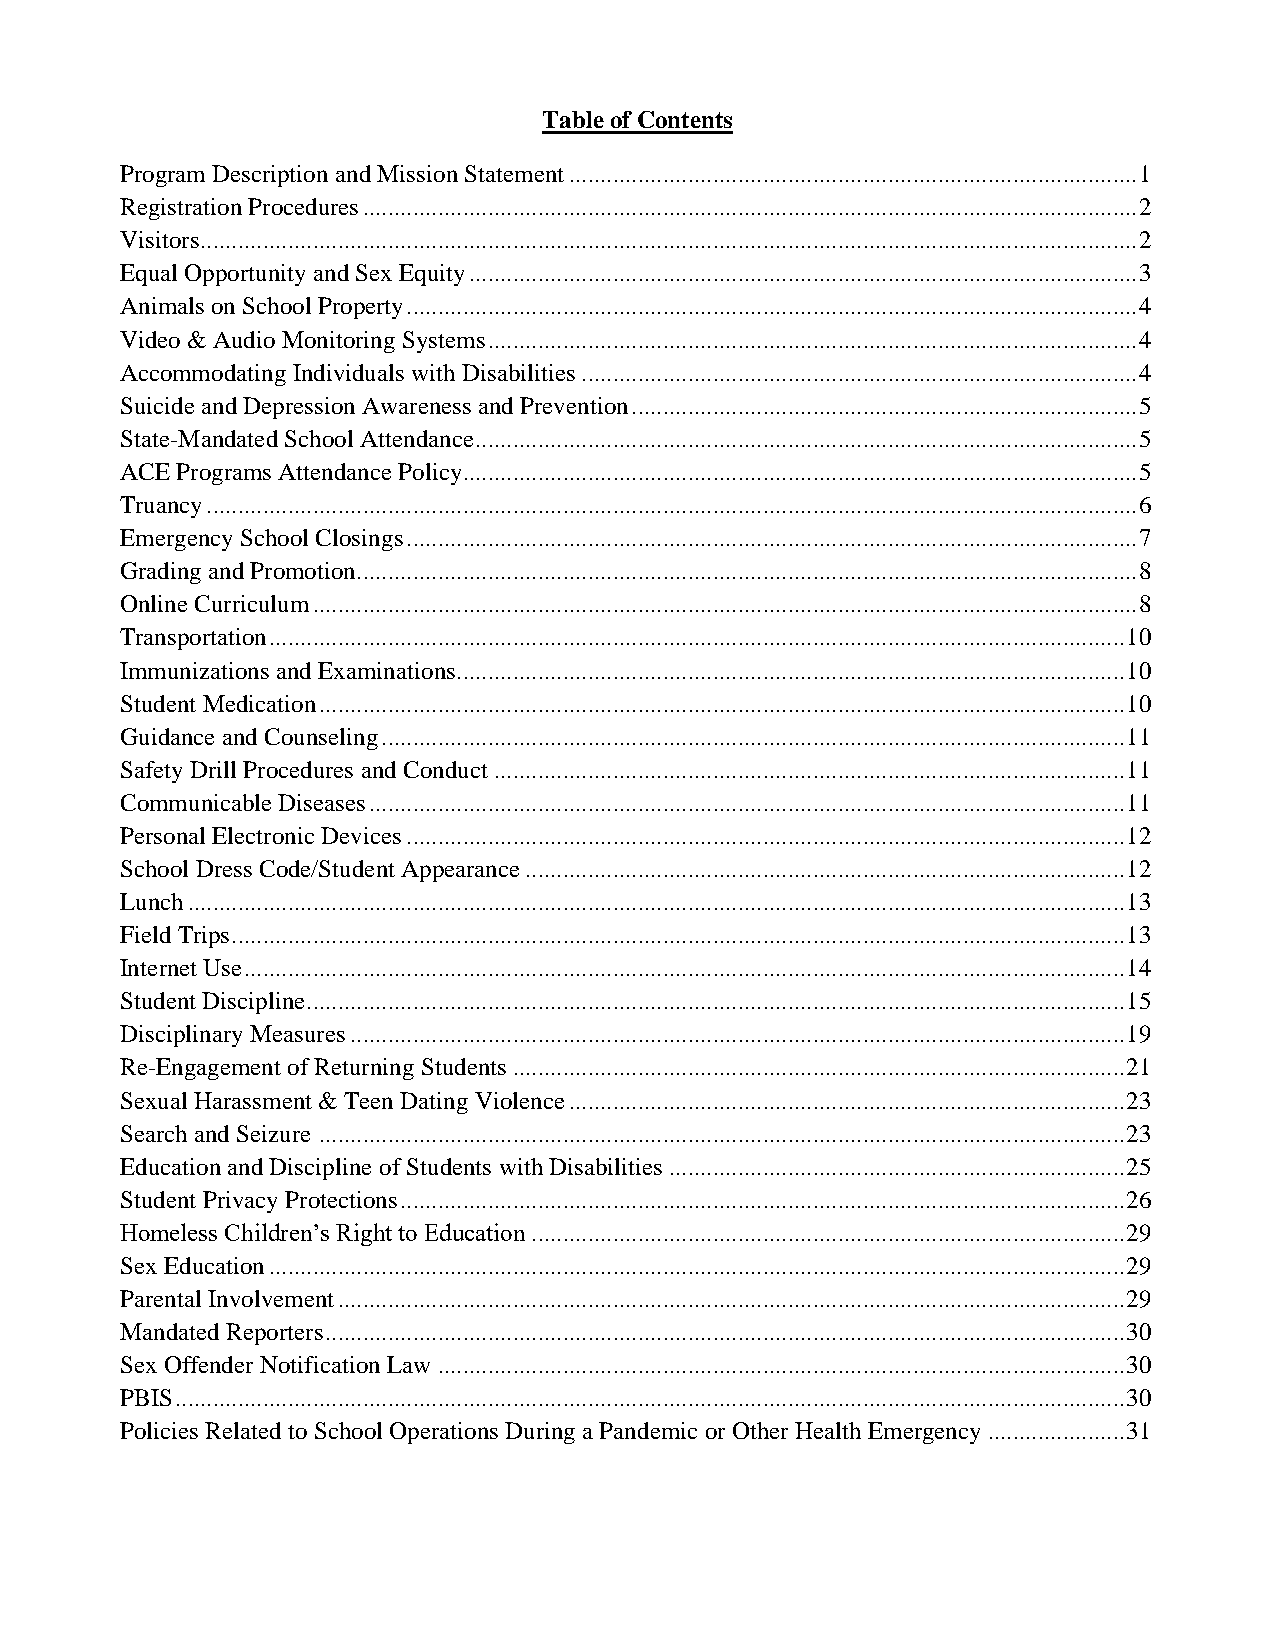
Table of Contents
 Program Description and Mission Statement ........................................................................................... 1
 Registration Procedures ............................................................................................................................ 2
 Visitors ...................................................................................................................................................... 2
 Equal Opportunity and Sex Equity ........................................................................................................... 3
 Animals on School Property ..................................................................................................................... 4
 Video & Audio Monitoring Systems ........................................................................................................ 4
 Accommodating Individuals with Disabilities ......................................................................................... 4
 Suicide and Depression Awareness and Prevention ................................................................................. 5
 State-Mandated School Attendance .......................................................................................................... 5
 ACE Programs Attendance Policy ............................................................................................................ 5
 Truancy ..................................................................................................................................................... 6
 Emergency School Closings ..................................................................................................................... 7
 Grading and Promotion ............................................................................................................................. 8
 Online Curriculum .................................................................................................................................... 8
 Transportation ......................................................................................................................................... 10
 Immunizations and Examinations ........................................................................................................... 10
 Student Medication ................................................................................................................................. 10
 Guidance and Counseling ....................................................................................................................... 11
 Safety Drill Procedures and Conduct ..................................................................................................... 11
 Communicable Diseases ......................................................................................................................... 11
 Personal Electronic Devices ................................................................................................................... 12
 School Dress Code/Student Appearance ................................................................................................ 12
 Lunch ...................................................................................................................................................... 13
 Field Trips ............................................................................................................................................... 13
 Internet Use ............................................................................................................................................. 14
 Student Discipline ................................................................................................................................... 15
 Disciplinary Measures ............................................................................................................................ 19
 Re-Engagement of Returning Students .................................................................................................. 21
 Sexual Harassment & Teen Dating Violence ......................................................................................... 23
 Search and Seizure ................................................................................................................................. 23
 Education and Discipline of Students with Disabilities ......................................................................... 25
 Student Privacy Protections .................................................................................................................... 26
 Homeless Children’s Right to Education ............................................................................................... 29
 Sex Education ......................................................................................................................................... 29
 Parental Involvement .............................................................................................................................. 29
 Mandated Reporters ................................................................................................................................ 30
 Sex Offender Notification Law .............................................................................................................. 30
 PBIS ........................................................................................................................................................ 30
 Policies Related to School Operations During a Pandemic or Other Health Emergency ...................... 31